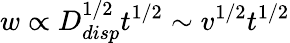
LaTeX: w\propto D_{disp}^{1/2}t^{1/2}\sim v^{1/2}t^{1/2}